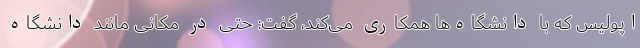
اپولیس که با دانشگاه‌ها همکاری می‌کند، گفت: حتی در مکانی مانند دانشگاه